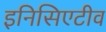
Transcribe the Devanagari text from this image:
इनिसिएटीव